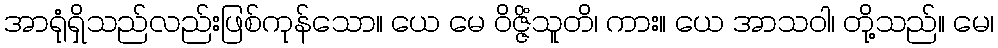
အာရုံရှိသည်လည်းဖြစ်ကုန်သော။ ယေ မေ ဝိဇ္ဇိံသူတိ၊ ကား။ ယေ အာသဝါ၊ တို့သည်။ မေ၊